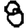
Digit: 8